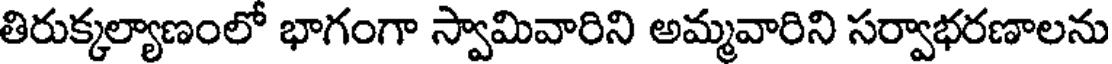
తిరుక్కల్యాణంలో భాగంగా స్వామివారిని అమ్మవారిని సర్వాభరణాలను